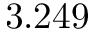
3 . 2 4 9